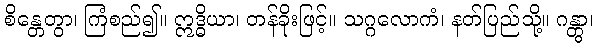
စိန္တေတွာ၊ ကြံစည်၍။ ဣဒ္ဓိယာ၊ တန်ခိုးဖြင့်။ သဂ္ဂလောကံ၊ နတ်ပြည်သို့။ ဂန္တွာ၊